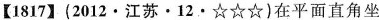
【1817】(2012 · 江苏 · 12 · ☆☆☆)在平面直角坐